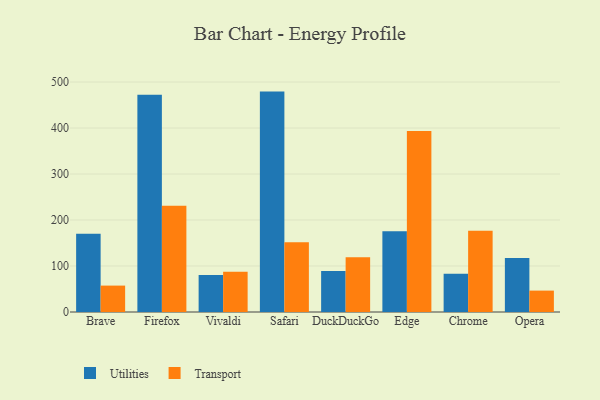
{"axis": {"x": "Browser", "y": "Humidity (%)"}, "legend": ["Transport", "Utilities"], "data": [{"x": "Brave", "y": 170.2, "type": "Utilities"}, {"x": "Brave", "y": 57.4, "type": "Transport"}, {"x": "Firefox", "y": 472.5, "type": "Utilities"}, {"x": "Firefox", "y": 231.0, "type": "Transport"}, {"x": "Vivaldi", "y": 80.5, "type": "Utilities"}, {"x": "Vivaldi", "y": 87.3, "type": "Transport"}, {"x": "Safari", "y": 479.2, "type": "Utilities"}, {"x": "Safari", "y": 151.5, "type": "Transport"}, {"x": "DuckDuckGo", "y": 89.0, "type": "Utilities"}, {"x": "DuckDuckGo", "y": 119.1, "type": "Transport"}, {"x": "Edge", "y": 175.5, "type": "Utilities"}, {"x": "Edge", "y": 393.7, "type": "Transport"}, {"x": "Chrome", "y": 83.1, "type": "Utilities"}, {"x": "Chrome", "y": 176.6, "type": "Transport"}, {"x": "Opera", "y": 117.4, "type": "Utilities"}, {"x": "Opera", "y": 46.5, "type": "Transport"}]}